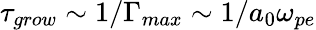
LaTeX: \tau_{grow}\sim 1/\Gamma_{max}\sim 1/a_{0}\omega_{pe}